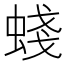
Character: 䗃